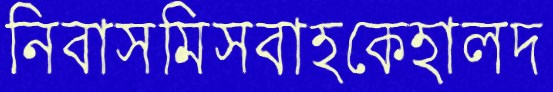
নিবাসমিসবাহকেহালদ